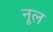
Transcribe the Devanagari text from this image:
नूल